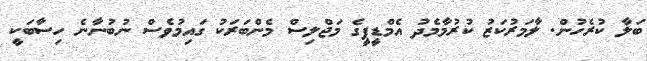
ބަލާ ކުރެހުން. ލާމަރުކަޒު ކުރުމާމެދު އެމްޑީޕީގެ މަޖްލިސް މެންބަރަކު ގައިމުވެސް ނުބުނާނެ ހިސާބަކީ